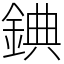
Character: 錪